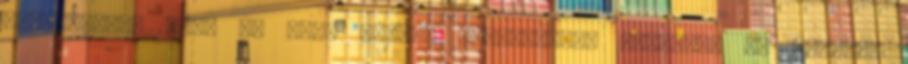
legnagyobb, majd 40 éves kortól fokozatosan csökken. Az izomerő